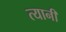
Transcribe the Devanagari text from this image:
त्यानीं